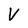
Character: V